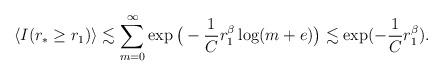
LaTeX: \begin{align*}\langle I(r_*\ge r_1)\rangle\lesssim \sum_{m=0}^\infty\exp\big(-\frac{1}{C}r_1^\beta\log(m+e)\big)\lesssim \exp(-\frac{1}{C}r_1^\beta).\end{align*}